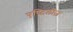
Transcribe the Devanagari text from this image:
एण्टिलीज़